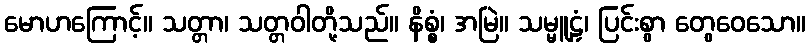
မောဟကြောင့်။ သတ္တာ၊ သတ္တဝါတို့သည်။ နိစ္စံ၊ အမြဲ။ သမ္မူဠှံ၊ ပြင်းစွာ တွေဝေသော။